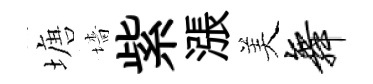
塘墻紫漲美舞